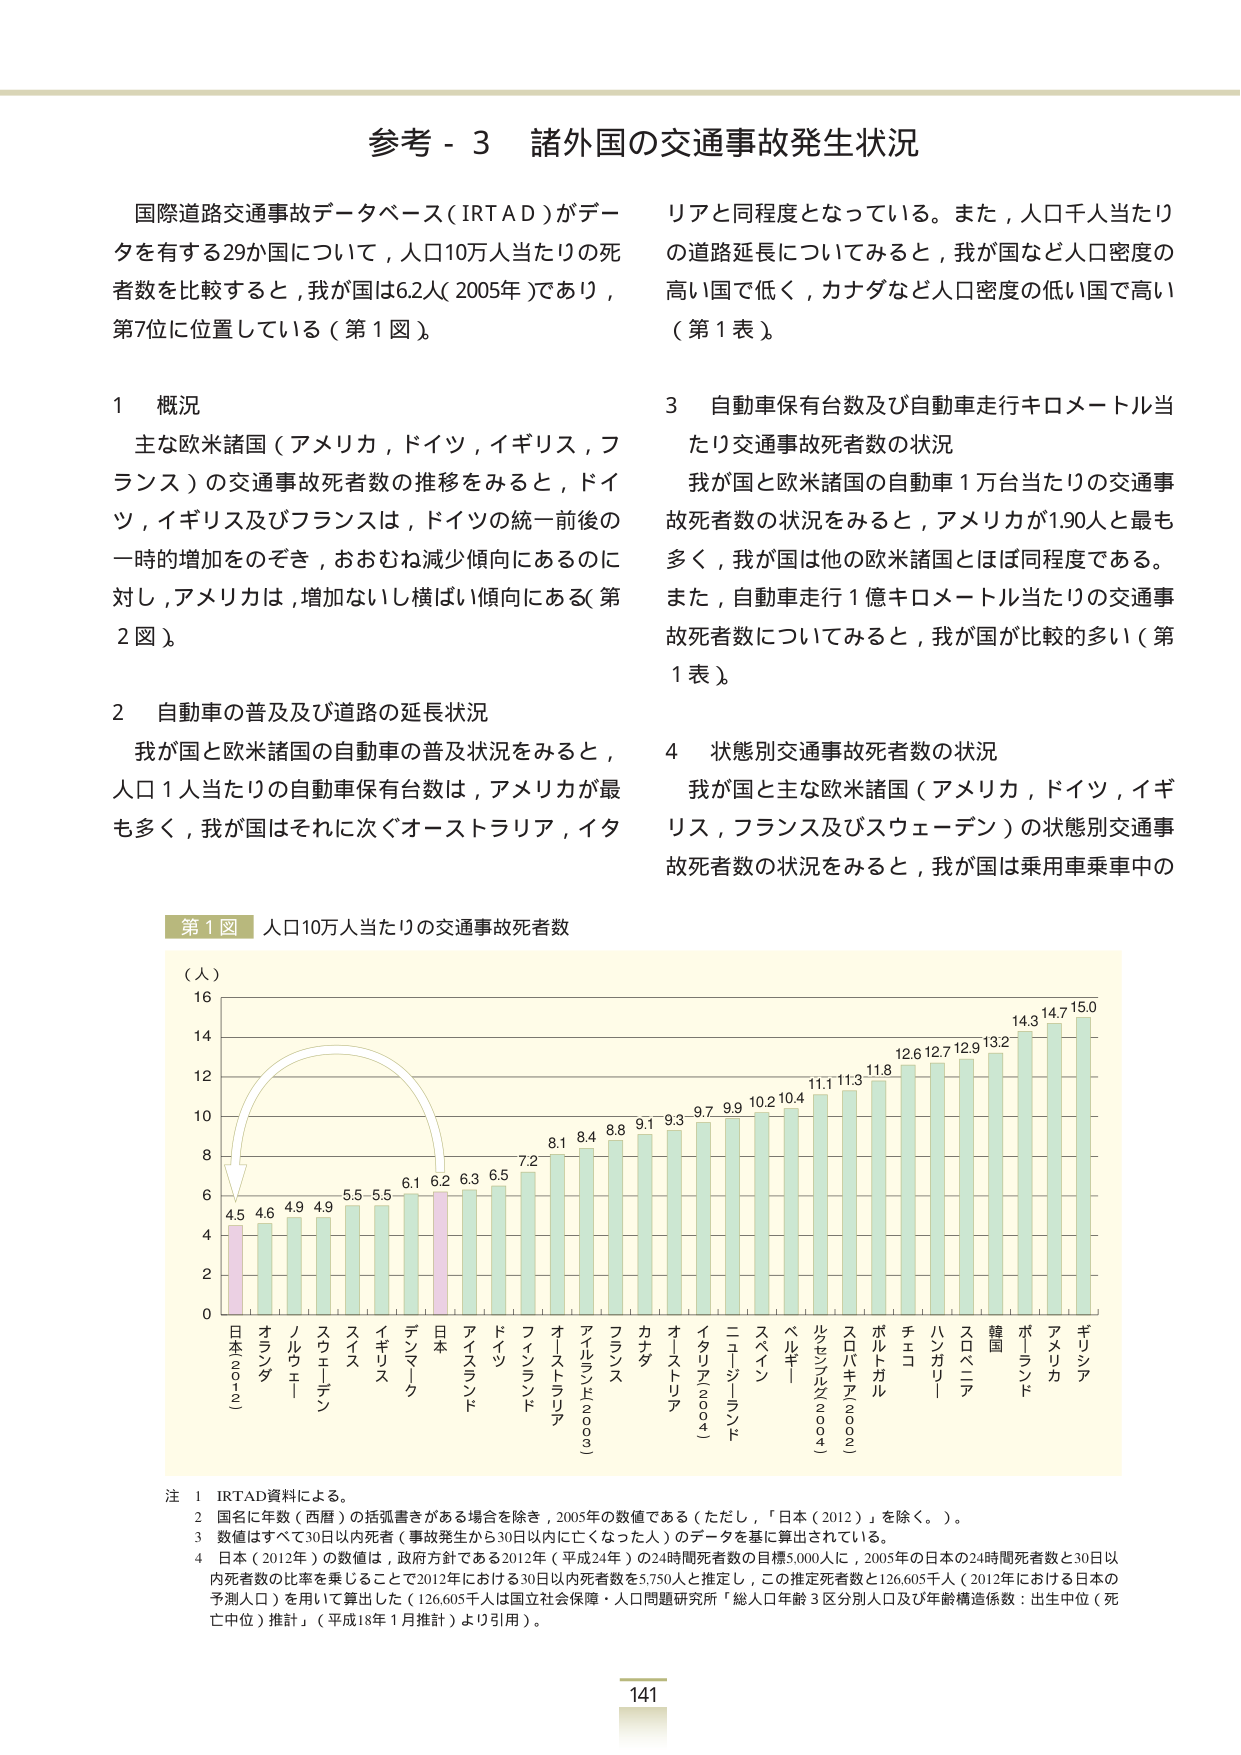
参考 - 3 諸外国の交通事故発生状況

国際道路交通事故データベース（IRTAD）がデータを有する29か国について，人口10万人当たりの死者数を比較すると，我が国は6.2人（2005年）であり，第7位に位置している（第1図）。

1 概況
主な欧米諸国（アメリカ，ドイツ，イギリス，フランス）の交通事故死者数の推移をみると，ドイツ，イギリス及びフランスは，ドイツの統一前後の一時的増加をのぞき，おおむね減少傾向にあるのに対し，アメリカは，増加ないし横ばい傾向にある（第2図）。

2 自動車の普及及び道路の延長状況
我が国と欧米諸国の自動車の普及状況をみると，人口1人当たりの自動車保有台数は，アメリカが最も多く，我が国はそれに次ぐオーストラリア，イタリアと同程度となっている。また，人口千人当たりの道路延長についてみると，我が国など人口密度の高い国で低く，カナダなど人口密度の低い国で高い（第1表）。

3 自動車保有台数及び自動車走行キロメートル当たり交通事故死者数の状況
我が国と欧米諸国の自動車1万台当たりの交通事故死者数の状況をみると，アメリカが1.90人と最も多く，我が国は他の欧米諸国とほぼ同程度である。また，自動車走行1億キロメートル当たりの交通事故死者数についてみると，我が国が比較的多い（第1表）。

4 状態別交通事故死者数の状況
我が国と主な欧米諸国（アメリカ，ドイツ，イギリス，フランス及びスウェーデン）の状態別交通事故死者数の状況をみると，我が国は乗用車乗車中の

第1図 人口10万人当たりの交通事故死者数

（人）
16
14
12
10
8
6
4
2
0

4.5 4.6 4.9 4.9 5.5 5.5 6.1 6.2 6.3 6.5 7.2 8.1 8.4 8.8 9.1 9.3 9.7 9.9 10.2 10.4 11.1 11.3 11.8 12.6 12.7 12.9 13.2 14.3 14.7 15.0

日本（2012） オランダ ノルウェー スウェーデン スイス イギリス デンマーク 日本 アイスランド ドイツ フィンランド オーストラリア アイルランド（2003） フランス カナダ オーストリア イタリア（2004） ニュージーランド スペイン ベルギー ルクセンブルク（2004） スロバキア（2002） ポルトガル チェコ ハンガリー スロベニア 韓国 ポーランド アメリカ ギリシア

注 1 IRTAD資料による。
2 国名に年数（西暦）の括弧書きがある場合を除き，2005年の数値である（ただし，「日本（2012）」を除く。）。
3 数値はすべて30日以内死者（事故発生から30日以内に亡くなった人）のデータを基に算出されている。
4 日本（2012年）の数値は，政府方針である2012年（平成24年）の24時間死者数の目標5,000人に，2005年の日本の24時間死者数と30日以内死者数の比率を乗じることで2012年における30日以内死者数を5,750人と推定し，この推定死者数と126,605千人（2012年における日本の予測人口）を用いて算出した（126,605千人は国立社会保障・人口問題研究所「総人口年齢3区分別人口及び年齢構造係数：出生中位（死亡中位）推計」（平成18年1月推計）より引用）。

141